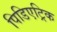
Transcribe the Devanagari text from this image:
पिडिएट्रिक